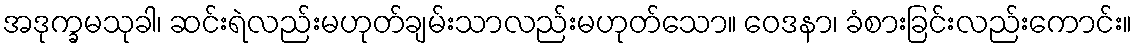
အဒုက္ခမသုခါ၊ ဆင်းရဲလည်းမဟုတ်ချမ်းသာလည်းမဟုတ်သော။ ဝေဒနာ၊ ခံစားခြင်းလည်းကောင်း။